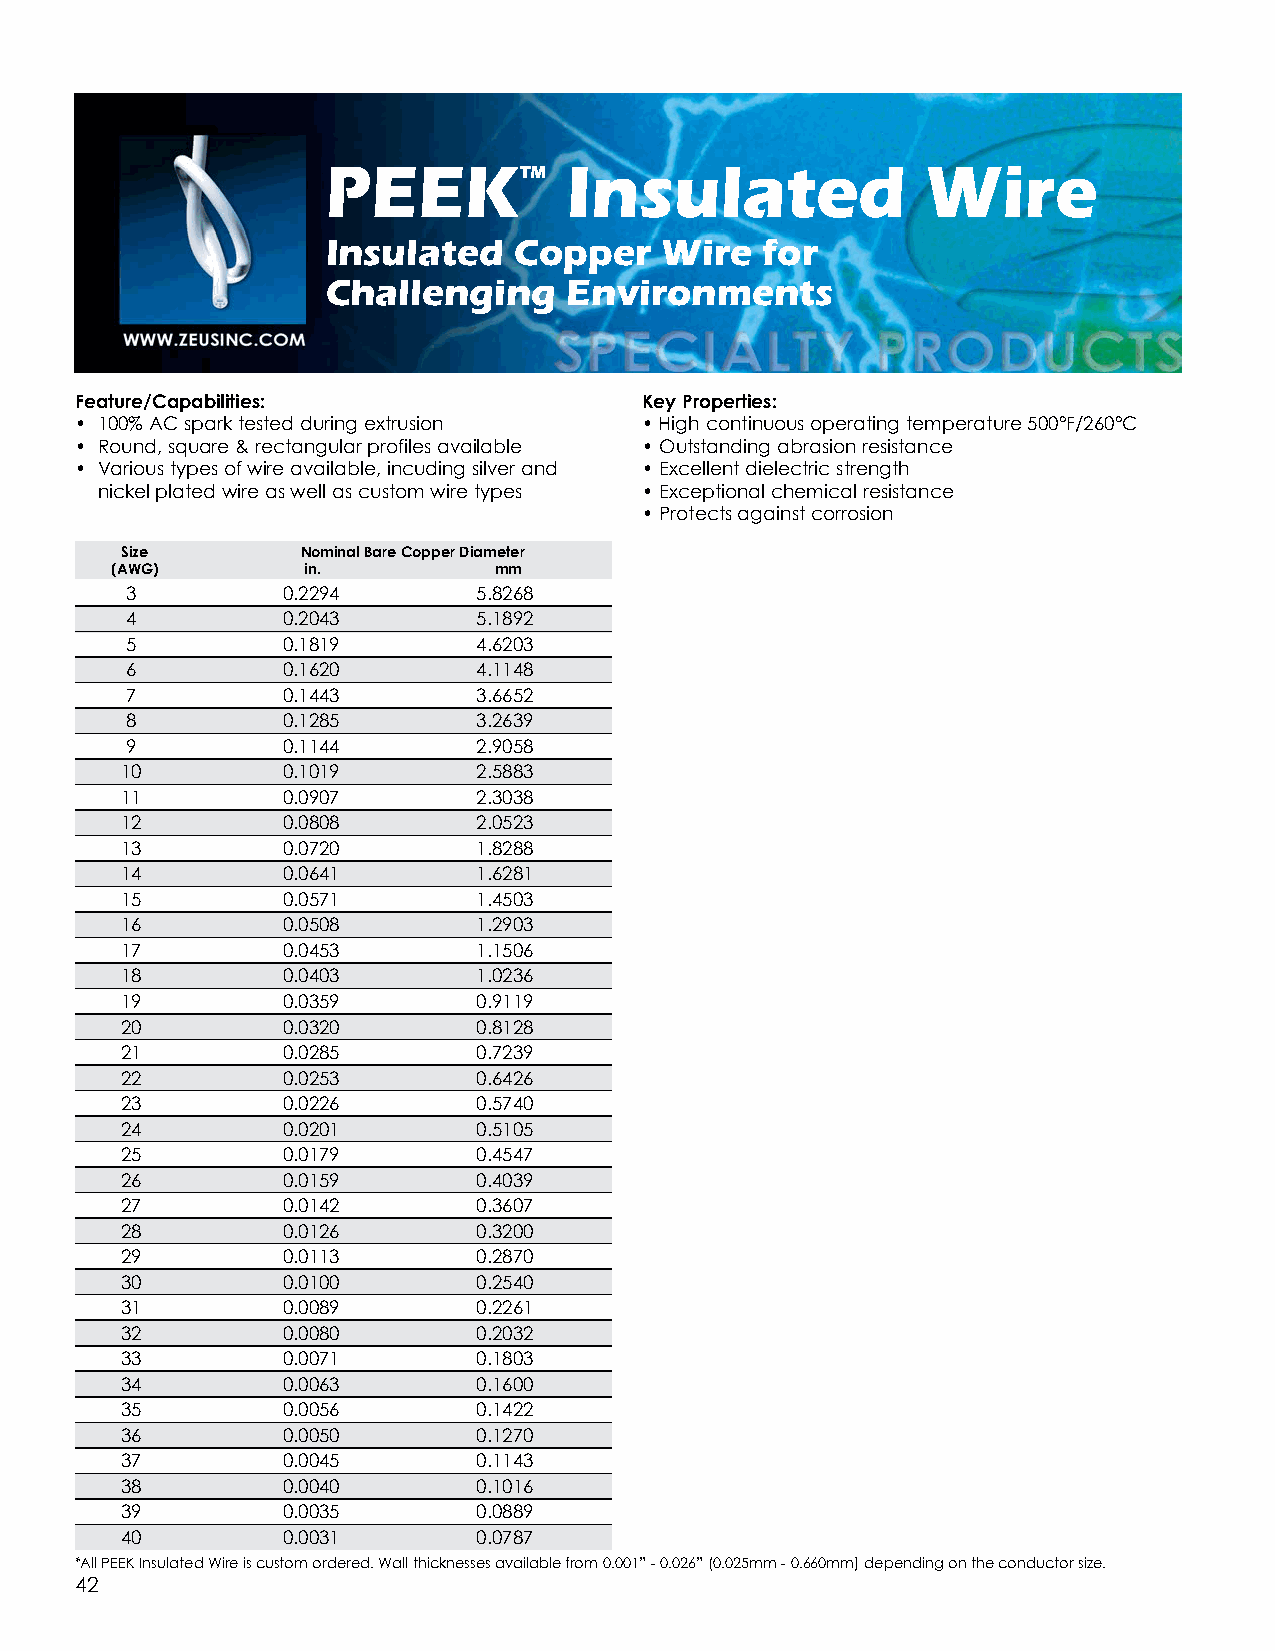
PEEK™           Insulated              Wire
 Insulated   Copper    Wire  for
 Challenging     Environments
 Feature/Capabilities:                 Key Properties:
 • 100% AC spark tested during extrusion •High continuous operating temperature 500°F/260°C
 • Round, square & rectangular profiles available •Outstanding abrasion resistance
 • Various types of wire available, incuding silver and •Excellent dielectric strength
 nickel plated wire as well as custom wire types •Exceptional chemical resistance
 •Protects against corrosion
 Size        Nominal Bare Copper Diameter
 (AWG)        in.          mm
 3          0.2294       5.8268
 4          0.2043       5.1892
 5          0.1819       4.6203
 6          0.1620       4.1148
 7          0.1443       3.6652
 8          0.1285       3.2639
 9          0.1144       2.9058
 10         0.1019       2.5883
 11         0.0907       2.3038
 12         0.0808       2.0523
 13         0.0720       1.8288
 14         0.0641       1.6281
 15         0.0571       1.4503
 16         0.0508       1.2903
 17         0.0453       1.1506
 18         0.0403       1.0236
 19         0.0359       0.9119
 20         0.0320       0.8128
 21         0.0285       0.7239
 22         0.0253       0.6426
 23         0.0226       0.5740
 24         0.0201       0.5105
 25         0.0179       0.4547
 26         0.0159       0.4039
 27         0.0142       0.3607
 28         0.0126       0.3200
 29         0.0113       0.2870
 30         0.0100       0.2540
 31         0.0089       0.2261
 32         0.0080       0.2032
 33         0.0071       0.1803
 34         0.0063       0.1600
 35         0.0056       0.1422
 36         0.0050       0.1270
 37         0.0045       0.1143
 38         0.0040       0.1016
 39         0.0035       0.0889
 40         0.0031       0.0787
 *All PEEK Insulated Wire is custom ordered. Wall thicknesses available from 0.001” - 0.026” (0.025mm - 0.660mm) depending on the conductor size.
 42